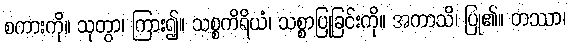
စကားကို။ သုတွာ၊ ကြား၍။ သစ္စကိရိယံ၊ သစ္စာပြုခြင်းကို။ အကာသိ၊ ပြု၏။ တဿာ၊